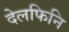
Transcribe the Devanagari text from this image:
देलफिनि